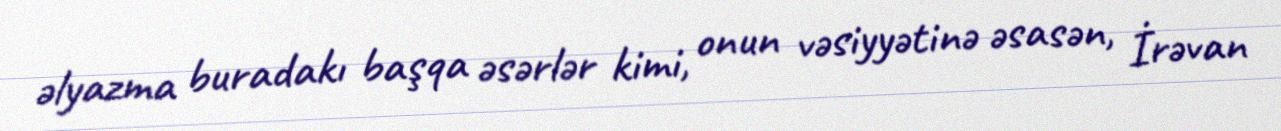
əlyazma buradakı başqa əsərlər kimi, onun vəsiyyətinə əsasən, İrəvan